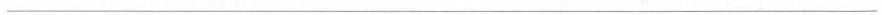
___